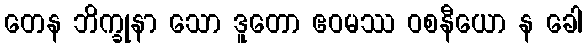
တေန ဘိက္ခုနာ သော ဒူတော ဧဝမဿ ဝစနီယော န ခေါ